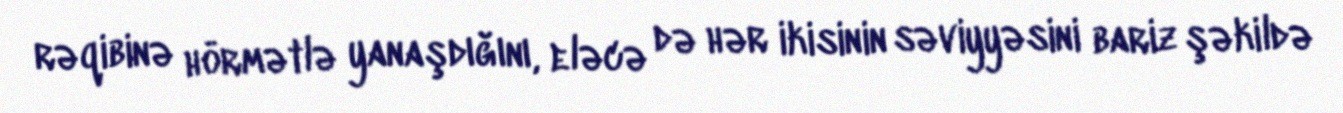
rəqibinə hörmətlə yanaşdığını, eləcə də hər ikisinin səviyyəsini bariz şəkildə